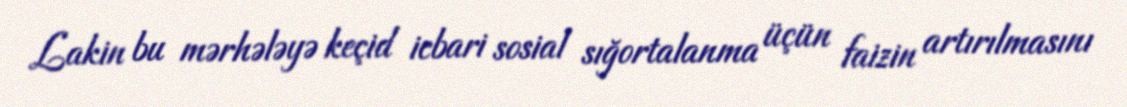
Lakin bu mərhələyə keçid icbari sosial sığortalanma üçün faizin artırılmasını